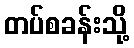
တပ်စခန်းသို့